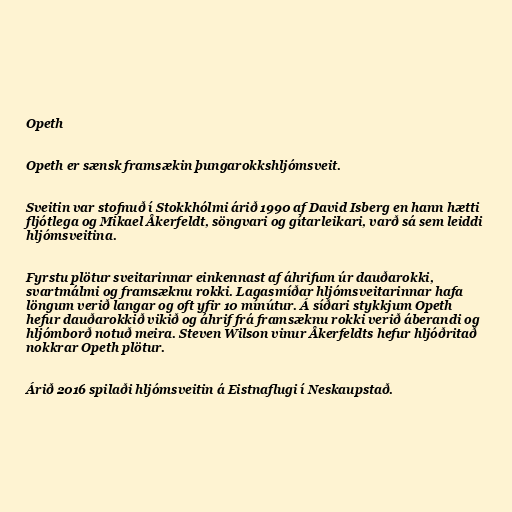
Opeth

Opeth er sænsk framsækin þungarokkshljómsveit.

Sveitin var stofnuð í Stokkhólmi árið 1990 af David Isberg en hann hætti
fljótlega og Mikael Åkerfeldt, söngvari og gítarleikari, varð sá sem leiddi
hljómsveitina.

Fyrstu plötur sveitarinnar einkennast af áhrifum úr dauðarokki,
svartmálmi og framsæknu rokki. Lagasmíðar hljómsveitarinnar hafa
löngum verið langar og oft yfir 10 mínútur. Á síðari stykkjum Opeth
hefur dauðarokkið vikið og áhrif frá framsæknu rokki verið áberandi og
hljómborð notuð meira. Steven Wilson vinur Åkerfeldts hefur hljóðritað
nokkrar Opeth plötur.

Árið 2016 spilaði hljómsveitin á Eistnaflugi í Neskaupstað.